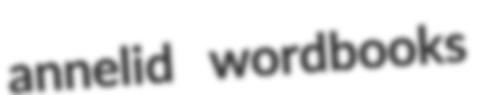
annelid wordbooks